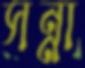
সন্না